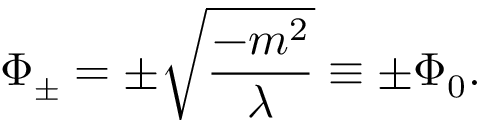
\Phi _ { \pm } = \pm \sqrt { \frac { - m ^ { 2 } } { \lambda } } \equiv \pm \Phi _ { 0 } .